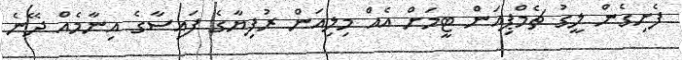
ފެށިގެން ލީގު ޗެމްޕިއަން ޓީމަށް އެއް މިލިއަން ރުފިޔާގެ ފައިސާގެ އިނާމެއް ދޭނެ